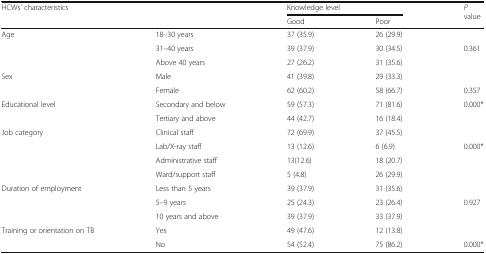
| <ROWSPAN=2-COLSPAN=2> HCWs’ characteristics | <COLSPAN=2> Knowledge level | <ROWSPAN=2> P value |
 | Good | Poor |
 | --- | --- | --- | --- | --- |
 | <ROWSPAN=3> Age | 18–30 years | 37 (35.9) | 26 (29.9) |  |
 | 31–40 years | 39 (37.9) | 30 (34.5) | 0.361 |
 | Above 40 years | 27 (26.2) | 31 (35.6) |  |
 | <ROWSPAN=2> Sex | Male | 41 (39.8) | 29 (33.3) |  |
 | Female | 62 (60.2) | 58 (66.7) | 0.357 |
 | <ROWSPAN=2> Educational level | Secondary and below | 59 (57.3) | 71 (81.6) | 0.000* |
 | Tertiary and above | 44 (42.7) | 16 (18.4) |  |
 | <ROWSPAN=4> Job category | Clinical staff | 72 (69.9) | 37 (45.5) |  |
 | Lab/X-ray staff | 13 (12.6) | 6 (6.9) | 0.000* |
 | Administrative staff | 13(12.6) | 18 (20.7) |  |
 | Ward/support staff | 5 (4.8) | 26 (29.9) |  |
 | <ROWSPAN=3> Duration of employment | Less than 5 years | 39 (37.9) | 31 (35.6) |  |
 | 5–9 years | 25 (24.3) | 23 (26.4) | 0.927 |
 | 10 years and above | 39 (37.9) | 33 (37.9) |  |
 | <ROWSPAN=2> Training or orientation on TB | Yes | 49 (47.6) | 12 (13.8) |  |
 | No | 54 (52.4) | 75 (86.2) | 0.000* |